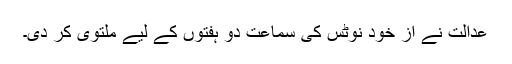
عدالت نے از خود نوٹس کی سماعت دو ہفتوں کے لیے ملتوی کر دی۔